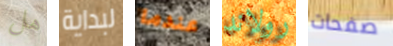
هل لبداية عندما رولاند صفحات